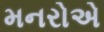
મનરોએ